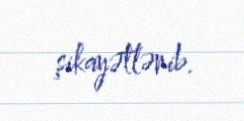
şikayətlənib.